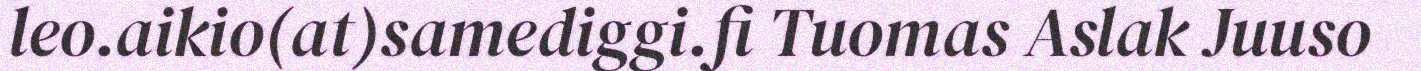
leo.aikio(at)samediggi.fi Tuomas Aslak Juuso